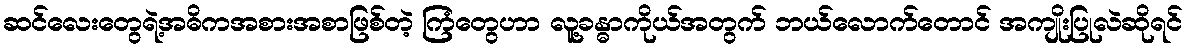
ဆင်လေးတွေရဲ့အဓိကအစားအစာဖြစ်တဲ့ ကြံတွေဟာ လူ့ခန္ဓာကိုယ်အတွက် ဘယ်လောက်တောင် အကျိုးပြုလဲဆိုရင်